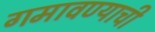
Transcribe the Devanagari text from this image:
गमावण्याची